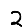
Digit: 2